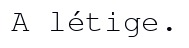
A létige.